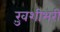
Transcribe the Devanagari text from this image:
ख़ुशीभरी